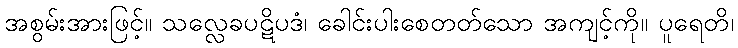
အစွမ်းအားဖြင့်။ သလ္လေခပဋိပဒံ၊ ခေါင်းပါးစေတတ်သော အကျင့်ကို။ ပူရေတိ၊